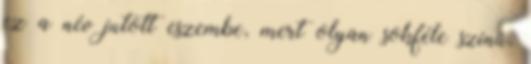
ez a név jutott eszembe, mert olyan sokféle színű,